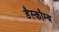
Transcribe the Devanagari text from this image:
डैस्कौम्ब